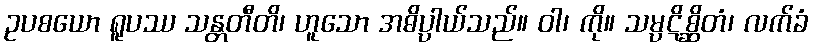
ဥပစယော ရူပဿ သန္တတီတိ၊ ဟူသော အဓိပ္ပါယ်သည်။ ဝါ၊ ကို။ သမ္ပဋိစ္ဆိတံ၊ လက်ခံ